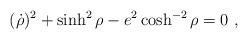
LaTeX: \begin{align*}(\dot \rho)^2 + \sinh^2 \rho - e^2 \cosh^{-2} \rho = 0\ ,\end{align*}